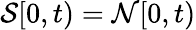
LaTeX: \mathcal{S}[0,t)=\mathcal{N}[0,t)